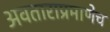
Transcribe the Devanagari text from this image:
अवताराप्रमाणेच